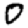
Digit: 0